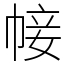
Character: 帹